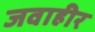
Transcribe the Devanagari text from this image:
जवाहीर